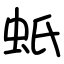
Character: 蚔